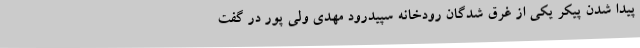
پیدا شدن پیکر یکی از غرق شدگان رودخانه سپیدرود مهدی ولی پور در گفت